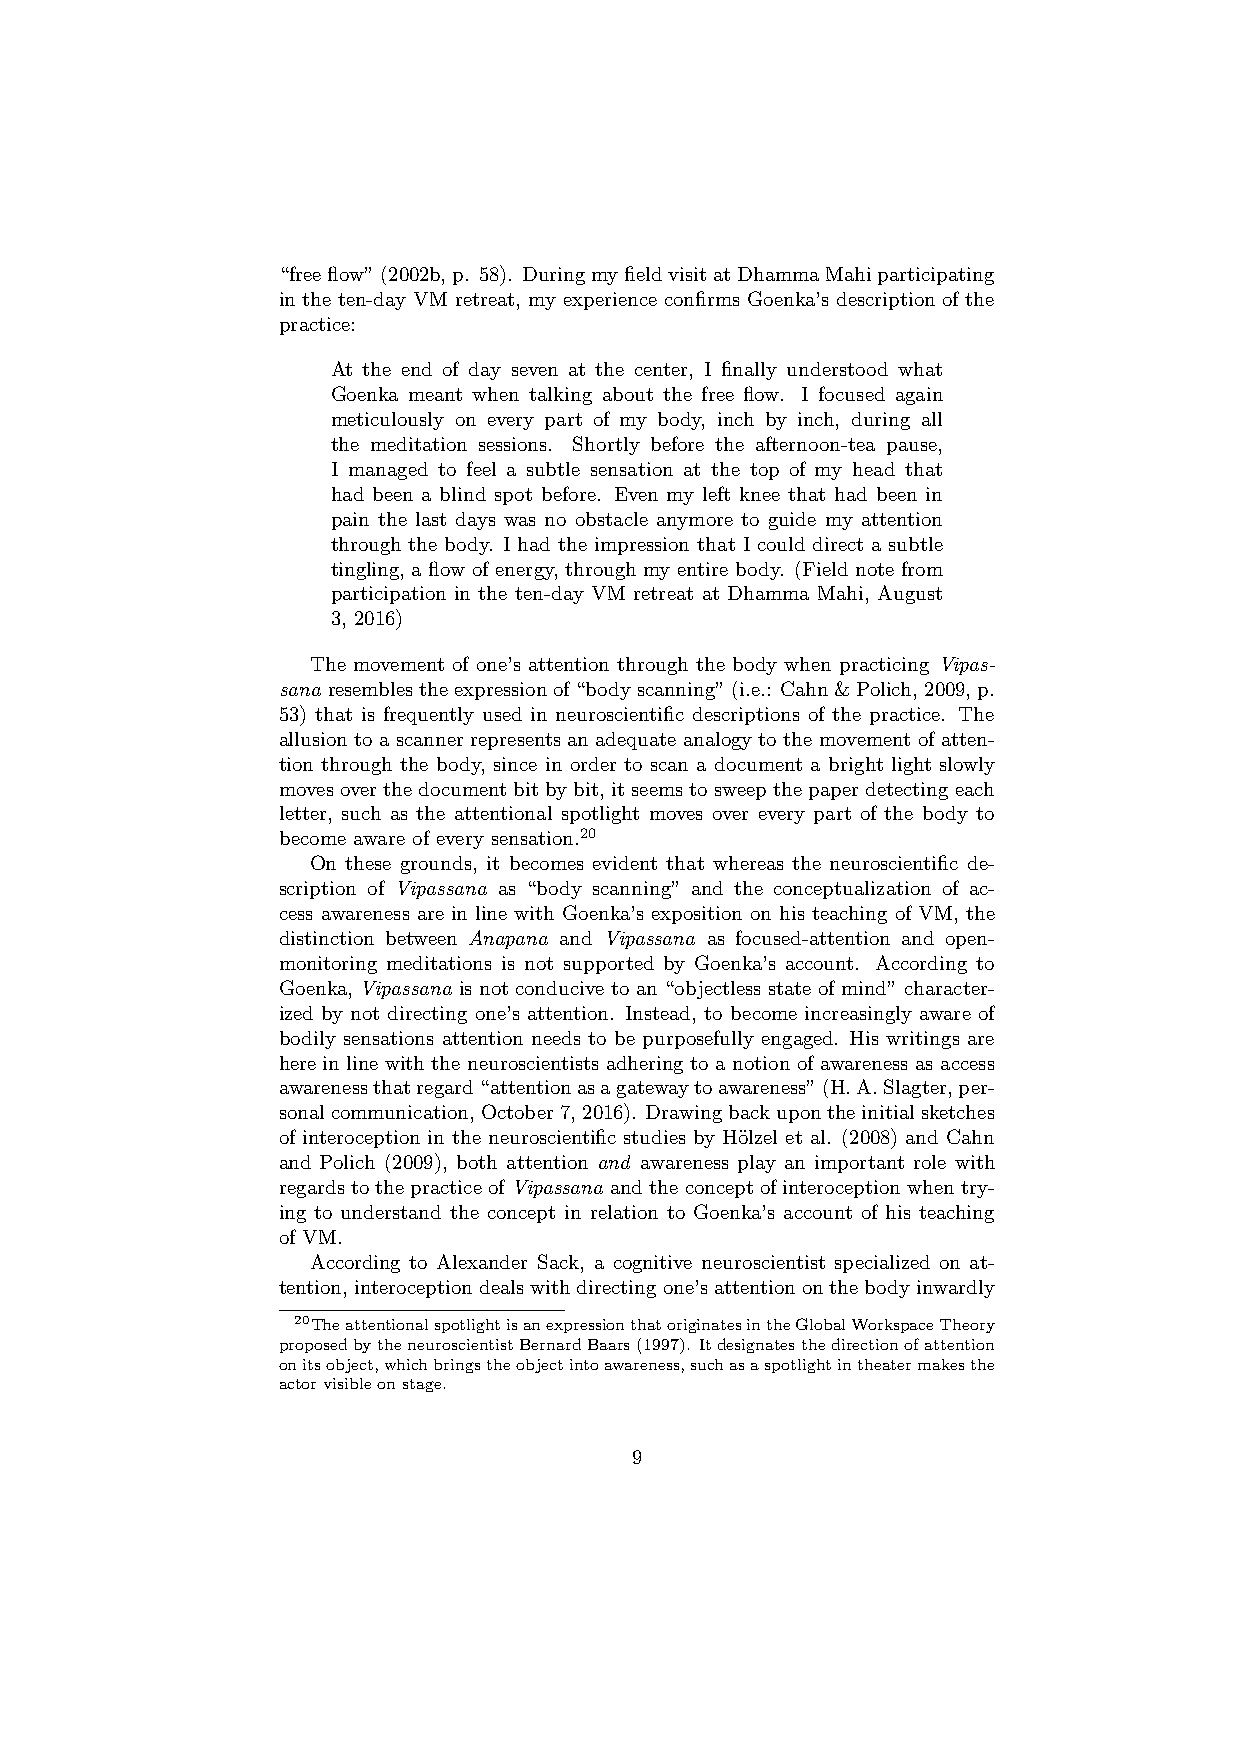
“freeflow”(2002b,p. 58). DuringmyfieldvisitatDhammaMahiparticipating
 in the ten-day VM retreat, my experience confirms Goenka’s description of the
 practice:
 At the end of day seven at the center, I finally understood what
 Goenka meant when talking about the free flow. I focused again
 meticulously on every part of my body, inch by inch, during all
 the meditation sessions. Shortly before the afternoon-tea pause,
 I managed to feel a subtle sensation at the top of my head that
 had been a blind spot before. Even my left knee that had been in
 pain the last days was no obstacle anymore to guide my attention
 through the body. I had the impression that I could direct a subtle
 tingling, a flow of energy, through my entire body. (Field note from
 participation in the ten-day VM retreat at Dhamma Mahi, August
 3, 2016)
 The movement of one’s attention through the body when practicing Vipas-
 sana resemblestheexpressionof“bodyscanning”(i.e.: Cahn&Polich,2009,p.
 53) that is frequently used in neuroscientific descriptions of the practice. The
 allusion to a scanner represents an adequate analogy to the movement of atten-
 tion through the body, since in order to scan a document a bright light slowly
 movesoverthedocument bit bybit, itseemstosweepthepaperdetectingeach
 letter, such as the attentional spotlight moves over every part of the body to
 become aware of every sensation.20
 On these grounds, it becomes evident that whereas the neuroscientific de-
 scription of Vipassana as “body scanning” and the conceptualization of ac-
 cess awareness are in line with Goenka’s exposition on his teaching of VM, the
 distinction between Anapana and Vipassana as focused-attention and open-
 monitoring meditations is not supported by Goenka’s account. According to
 Goenka, Vipassana is not conducive to an “objectless state of mind” character-
 ized by not directing one’s attention. Instead, to become increasingly aware of
 bodily sensations attention needs to be purposefully engaged. His writings are
 here in line with the neuroscientists adhering to a notion of awareness as access
 awarenessthatregard“attentionasagatewaytoawareness”(H.A.Slagter,per-
 sonalcommunication,October7,2016). Drawingbackupontheinitialsketches
 of interoception in the neuroscientific studies by H¨olzel et al. (2008) and Cahn
 and Polich (2009), both attention and awareness play an important role with
 regardstothepracticeofVipassana andtheconceptofinteroceptionwhentry-
 ing to understand the concept in relation to Goenka’s account of his teaching
 of VM.
 According to Alexander Sack, a cognitive neuroscientist specialized on at-
 tention,interoceptiondealswithdirectingone’sattentiononthebodyinwardly
 20TheattentionalspotlightisanexpressionthatoriginatesintheGlobalWorkspaceTheory
 proposedbytheneuroscientistBernardBaars(1997). Itdesignatesthedirectionofattention
 onitsobject,whichbringstheobjectintoawareness,suchasaspotlightintheatermakesthe
 actorvisibleonstage.
 9